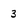
Character: 3